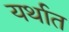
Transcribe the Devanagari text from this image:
यर्थात